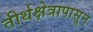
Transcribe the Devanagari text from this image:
तीर्थक्षेत्रापासून